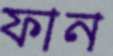
ফান